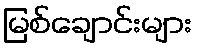
မြစ်ချောင်းများ